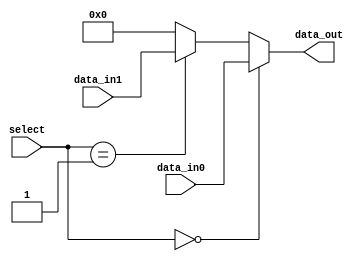
module multiplexer (
    input [7:0] data_in0,
    input [7:0] data_in1,
    input [1:0] select,
    output reg [7:0] data_out
);

always @(*) begin
    if (select == 2'b00)
        data_out = data_in0;
    else if (select == 2'b01)
        data_out = data_in1;
    else
        data_out = 8'b0; // default case
end

endmodule